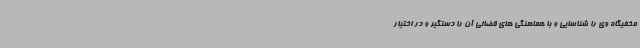
مخفیگاه وی را شناسایی و با هماهنگی های قضائی آن را دستگیر و در اختیار